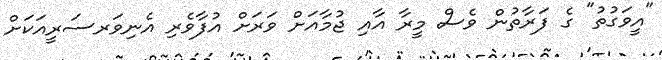
"އީވަގުތު" ގެ ފަރާތުން ވެސް މީރާ އާއި ޖުމާއަށް ވަރަށް އުފާވެރި އެނިވަރސަރީއަކަށް